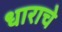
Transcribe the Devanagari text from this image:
धाराचे